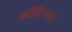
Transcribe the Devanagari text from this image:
क्राॅसिंग्जवर